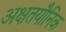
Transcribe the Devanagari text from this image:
अक्षतयौनिक